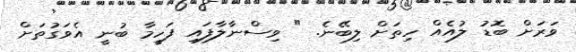
ވަރަށް ބޮޑު ލުއެއް ހިތަށް ލިބޭނެ. " ވިސްނާލާފައި ފަހީމާ ބުނީ އެވަގުތަށް